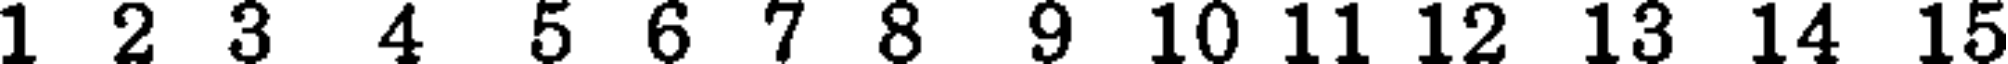
1 2 3 4 5 6 7 8 9 10 11 12 13 14 15